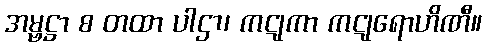
အမ္ဗဋ္ဌာ စ တထာ ပါဌာ၊ ကဋုကာ ကဋုရောဟိဏီ။